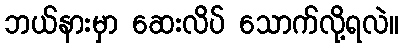
ဘယ်နားမှာ ဆေးလိပ် သောက်လို့ရလဲ။